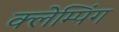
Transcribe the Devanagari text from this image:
क्लेम्पिंग